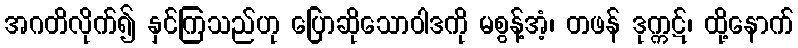
အဂတိလိုက်၍ နှင်ကြသည်ဟု ပြောဆိုသောဝါဒကို မစွန့်အံ့၊ တဖန် ဒုက္ကဋ်၊ ထို့နောက်